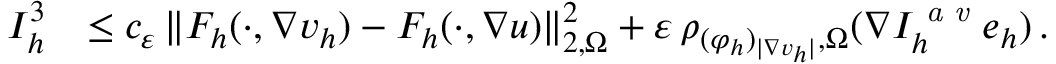
\begin{array} { r } { \begin{array} { r l } { I _ { h } ^ { 3 } } & { \leq c _ { \varepsilon } \, \| F _ { h } ( \cdot , \nabla v _ { h } ) - F _ { h } ( \cdot , \nabla u ) \| _ { 2 , \Omega } ^ { 2 } + \varepsilon \, \rho _ { ( \varphi _ { h } ) _ { \vert \nabla v _ { h } \vert } , \Omega } ( \nabla I _ { h } ^ { \textit { a v } } e _ { h } ) \, . } \end{array} } \end{array}